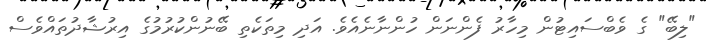
"ލިބޭ" ގެ ވެބްސައިޓުން މިހާރު ފެންނަން ހުންނާނެއެވެ. އަދި މިތަކެތި ބޭނުންކުރުމުގެ އިރުޝާދުތައްވެސް